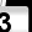
Digit: 3